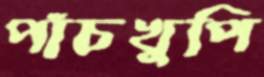
পাঁচখুপি